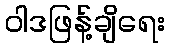
ဝါဒဖြန့်ချိရေး